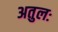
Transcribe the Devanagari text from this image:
अतुलः